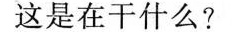
这是在干什么？